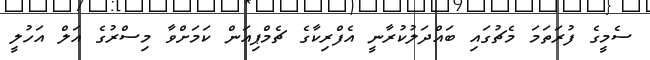
ސެމީގެ ފުރަތަމަ މެޗުގައި ބައްދަލުކުރާނީ އެފްރިކާގެ ޗެމްޕިއަން ކަމަށްވާ މިސްރުގެ އަލް އަހުލީ